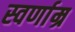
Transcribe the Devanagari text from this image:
स्वर्णाम्र